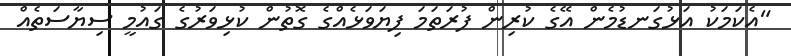
"އެކަމަކު އަޅުގަނޑުމެން އޭގެ ކުރިން ފުރަތަމަ ފިޔަވަޅެއްގެ ގޮތުން ކުޅިވަރުގެ ގައުމީ ސިޔާސަތެއް